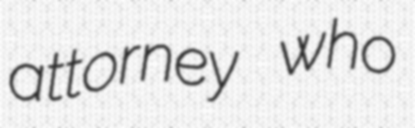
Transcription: attorney who